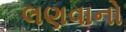
લણવાનો